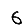
Digit: 6